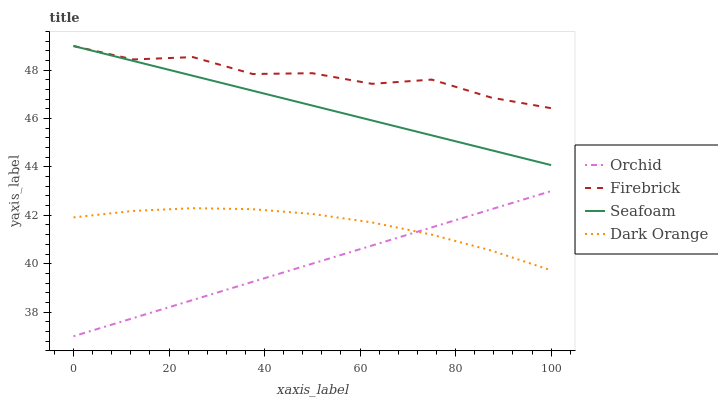
| xaxis_label | Orchid | Firebrick | Seafoam | Dark Orange |
 | --- | --- | --- | --- | --- |
 | 0 | 37 | 49 | 49 | 41.9 |
 | 12.5 | 37.8 | 48.4 | 48.4 | 42.2 |
 | 25 | 38.5 | 48.5 | 47.8 | 42.3 |
 | 37.5 | 39.3 | 47.8 | 47.2 | 42.3 |
 | 50 | 40 | 47.9 | 46.5 | 42.1 |
 | 62.5 | 40.8 | 47.4 | 45.9 | 41.7 |
 | 75 | 41.5 | 47.6 | 45.3 | 41.2 |
 | 87.5 | 42.3 | 46.9 | 44.7 | 40.5 |
 | 100 | 43 | 46.4 | 44.1 | 39.7 |